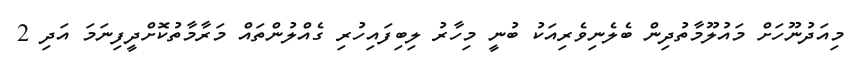
މިއަދުނޫހަށް މައުލޫމާތުދިން ބެލެނިވެރިއަކު ބުނީ މިހާރު ލިބިފައިހުރި ގެއްލުންތައް މަރާމާތުކޮށްދީފިނަމަ އަދި 2